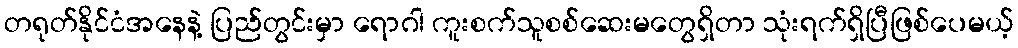
တရုတ်နိုင်ငံအနေနဲ့ ပြည်တွင်းမှာ ရောဂါ ကူးစက်သူစစ်ဆေးမတွေရှိတာ သုံးရက်ရှိပြီဖြစ်ပေမယ့်